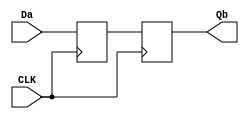
module debouncer(CLK, Da, Qb);
    input CLK, Da;
    output Qb;
    reg Qa, Qb;
    wire Db = Qa;

    always @(posedge CLK) begin
        Qa <= Da;
        Qb <= Db;
    end
endmodule

module debounce_divider(clk100Mhz, clk20Hz);
    input clk100Mhz; //fast clock
    output reg clk20Hz; //slow clock

    reg[21:0] counter;

    initial begin
      counter = 0;
      clk20Hz = 0;
    end

    always @ (posedge clk100Mhz)
    begin
      if(counter == 22'd2500000) begin
        counter <= 1;
        clk20Hz <= ~clk20Hz;
      end
      else begin
        counter <= counter + 1;
      end
    end
endmodule